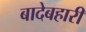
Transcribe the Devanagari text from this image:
बादेबहारी